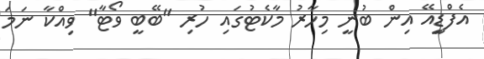
އެފްޑީިއޭ އިން ބުނީ މިހާރު މާކެޓުގައި ހުރި "ބޭބީ ވޯޓާ" ވިއްކާ ނަމަ